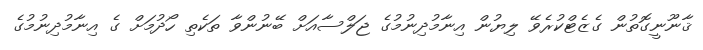
ޤާނޫނީގޮތުން ގެޒެޓްކުރެވޭ ލިޔުން އިނާމުދިނުމުގެ ޖަލްސާއަށް ބޭނުންވާ ތަކެތި ހޯދުމަށް ގެ އިނާމުދިނުމުގެ